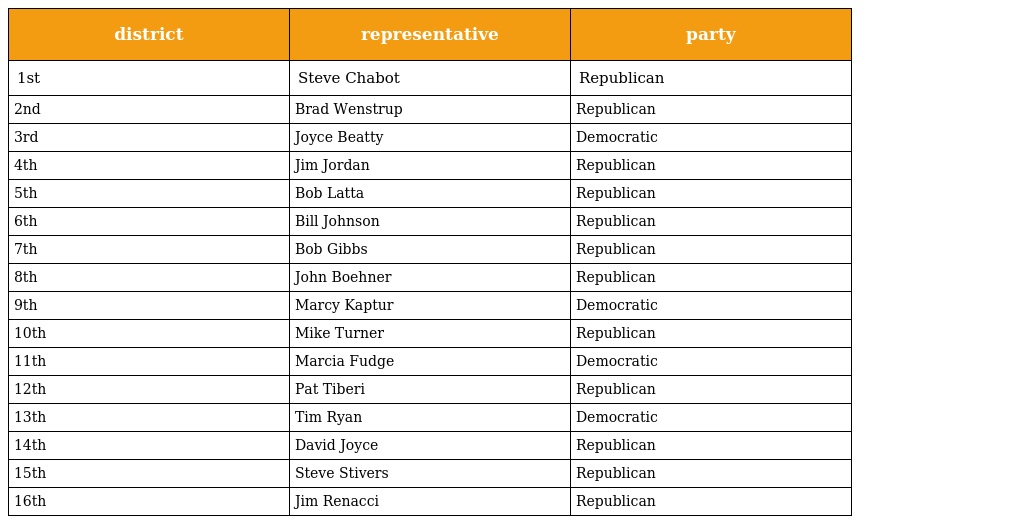
| district | representative | party |
 | --- | --- | --- |
 | 1st | Steve Chabot | Republican |
 | 2nd | Brad Wenstrup | Republican |
 | 3rd | Joyce Beatty | Democratic |
 | 4th | Jim Jordan | Republican |
 | 5th | Bob Latta | Republican |
 | 6th | Bill Johnson | Republican |
 | 7th | Bob Gibbs | Republican |
 | 8th | John Boehner | Republican |
 | 9th | Marcy Kaptur | Democratic |
 | 10th | Mike Turner | Republican |
 | 11th | Marcia Fudge | Democratic |
 | 12th | Pat Tiberi | Republican |
 | 13th | Tim Ryan | Democratic |
 | 14th | David Joyce | Republican |
 | 15th | Steve Stivers | Republican |
 | 16th | Jim Renacci | Republican |